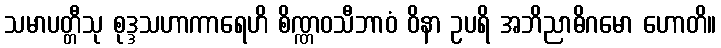
သမာပတ္တီသု စုဒ္ဒသဟာကာရေဟိ စိဏ္ဏဝသီဘာဝံ ဝိနာ ဥပရိ အဘိညာဓိဂမော ဟောတိ။